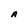
Character: A